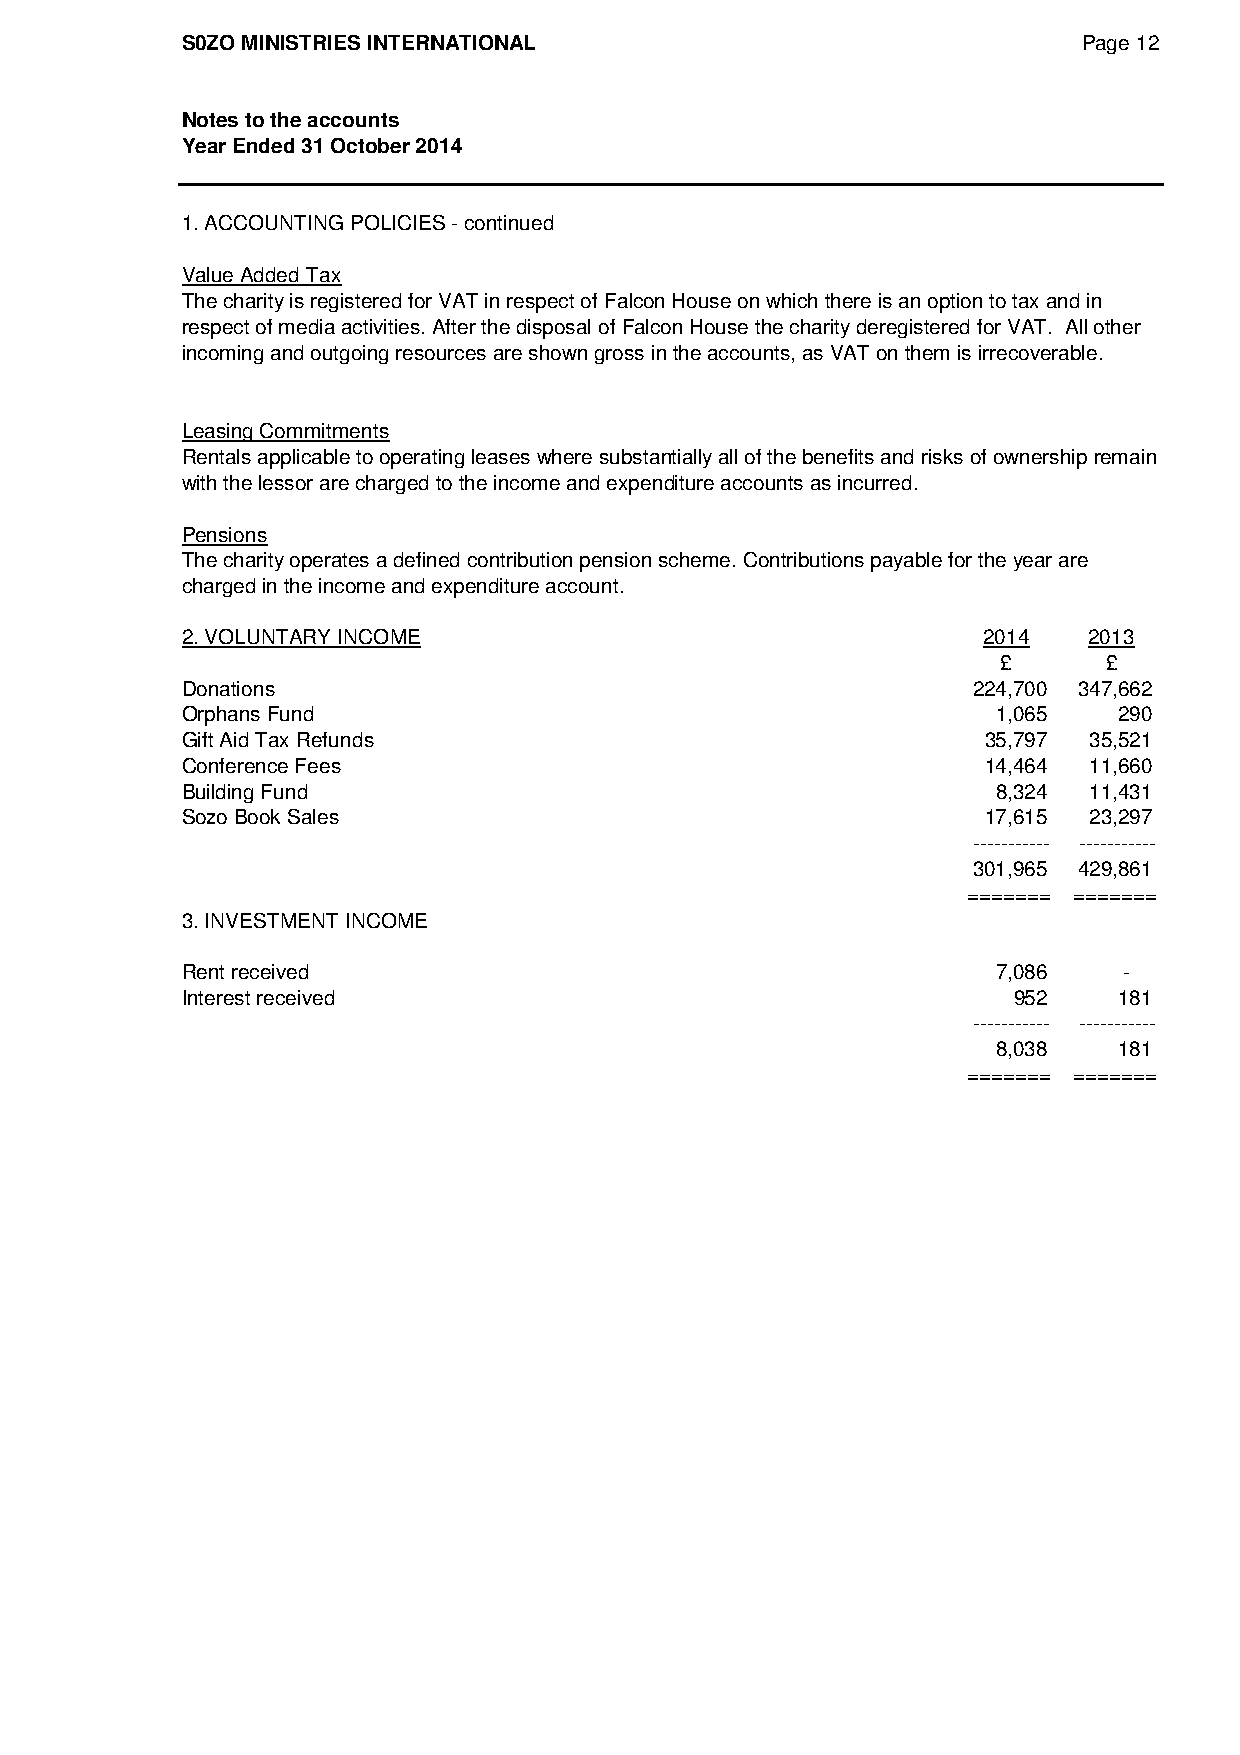
S0ZO MINISTRIES INTERNATIONAL                               Page 12
 Notes to the accounts
 Year Ended 31 October 2014
 1. ACCOUNTING POLICIES - continued
 Value Added Tax
 The charity is registered for VAT in respect of Falcon House on which there is an option to tax and in
 respect of media activities. After the disposal of Falcon House the charity deregistered for VAT. All other
 incoming and outgoing resources are shown gross in the accounts, as VAT on them is irrecoverable.
 Leasing Commitments
 Rentals applicable to operating leases where substantially all of the benefits and risks of ownership remain
 with the lessor are charged to the income and expenditure accounts as incurred.
 Pensions
 The charity operates a defined contribution pension scheme. Contributions payable for the year are
 charged in the income and expenditure account.
 2. VOLUNTARY INCOME                                  2014   2013
 £      £
 Donations                                           224,700 347,662
 Orphans Fund                                          1,065   290
 Gift Aid Tax Refunds                                 35,797 35,521
 Conference Fees                                      14,464 11,660
 Building Fund                                         8,324 11,431
 Sozo Book Sales                                      17,615 23,297
 ----------- -----------
 301,965 429,861
 ======= =======
 3. INVESTMENT INCOME
 Rent received                                         7,086   -
 Interest received                                      952    181
 ----------- -----------
 8,038   181
 ======= =======